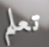
تعلم